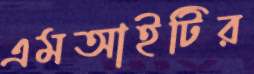
এমআইটির